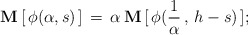
\begin{align*}\mathbf{M} \, [\,\phi(\alpha, s)\,] \, =\, \alpha\, \mathbf{M} \, [\,\phi(\frac{1}{\alpha}\, ,\, h- s)\,];\end{align*}